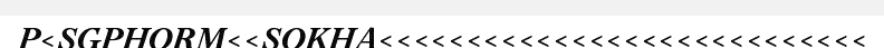
P<SGPHORM<<SOKHA<<<<<<<<<<<<<<<<<<<<<<<<<<<<